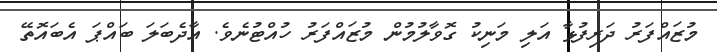
މުޒައްފަރު ދަރިފުޅާ އަލި މަނިކު ގޮވާލުމުން މުޒައްފަރު ހުއްޓުނެވެ. އާދެބަލަ ބައްޕަ އެބައޮތޭ